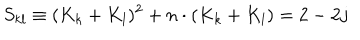
LaTeX: S _ { k l } \equiv ( K _ { k } + K _ { l } ) ^ { 2 } + n \cdot ( K _ { k } + K _ { l } ) = 2 - 2 j